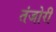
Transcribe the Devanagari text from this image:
तंजोरी